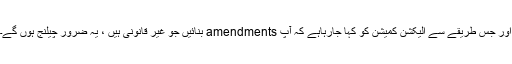
اور جس طریقے سے الیکشن کمیشن کو کہا جارہاہے کہ آپ amendments بنائیں جو غیر قانونی ہیں ، یہ ضرور چیلنج ہوں گے۔